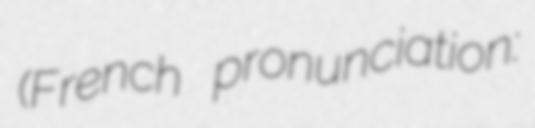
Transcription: (French pronunciation: